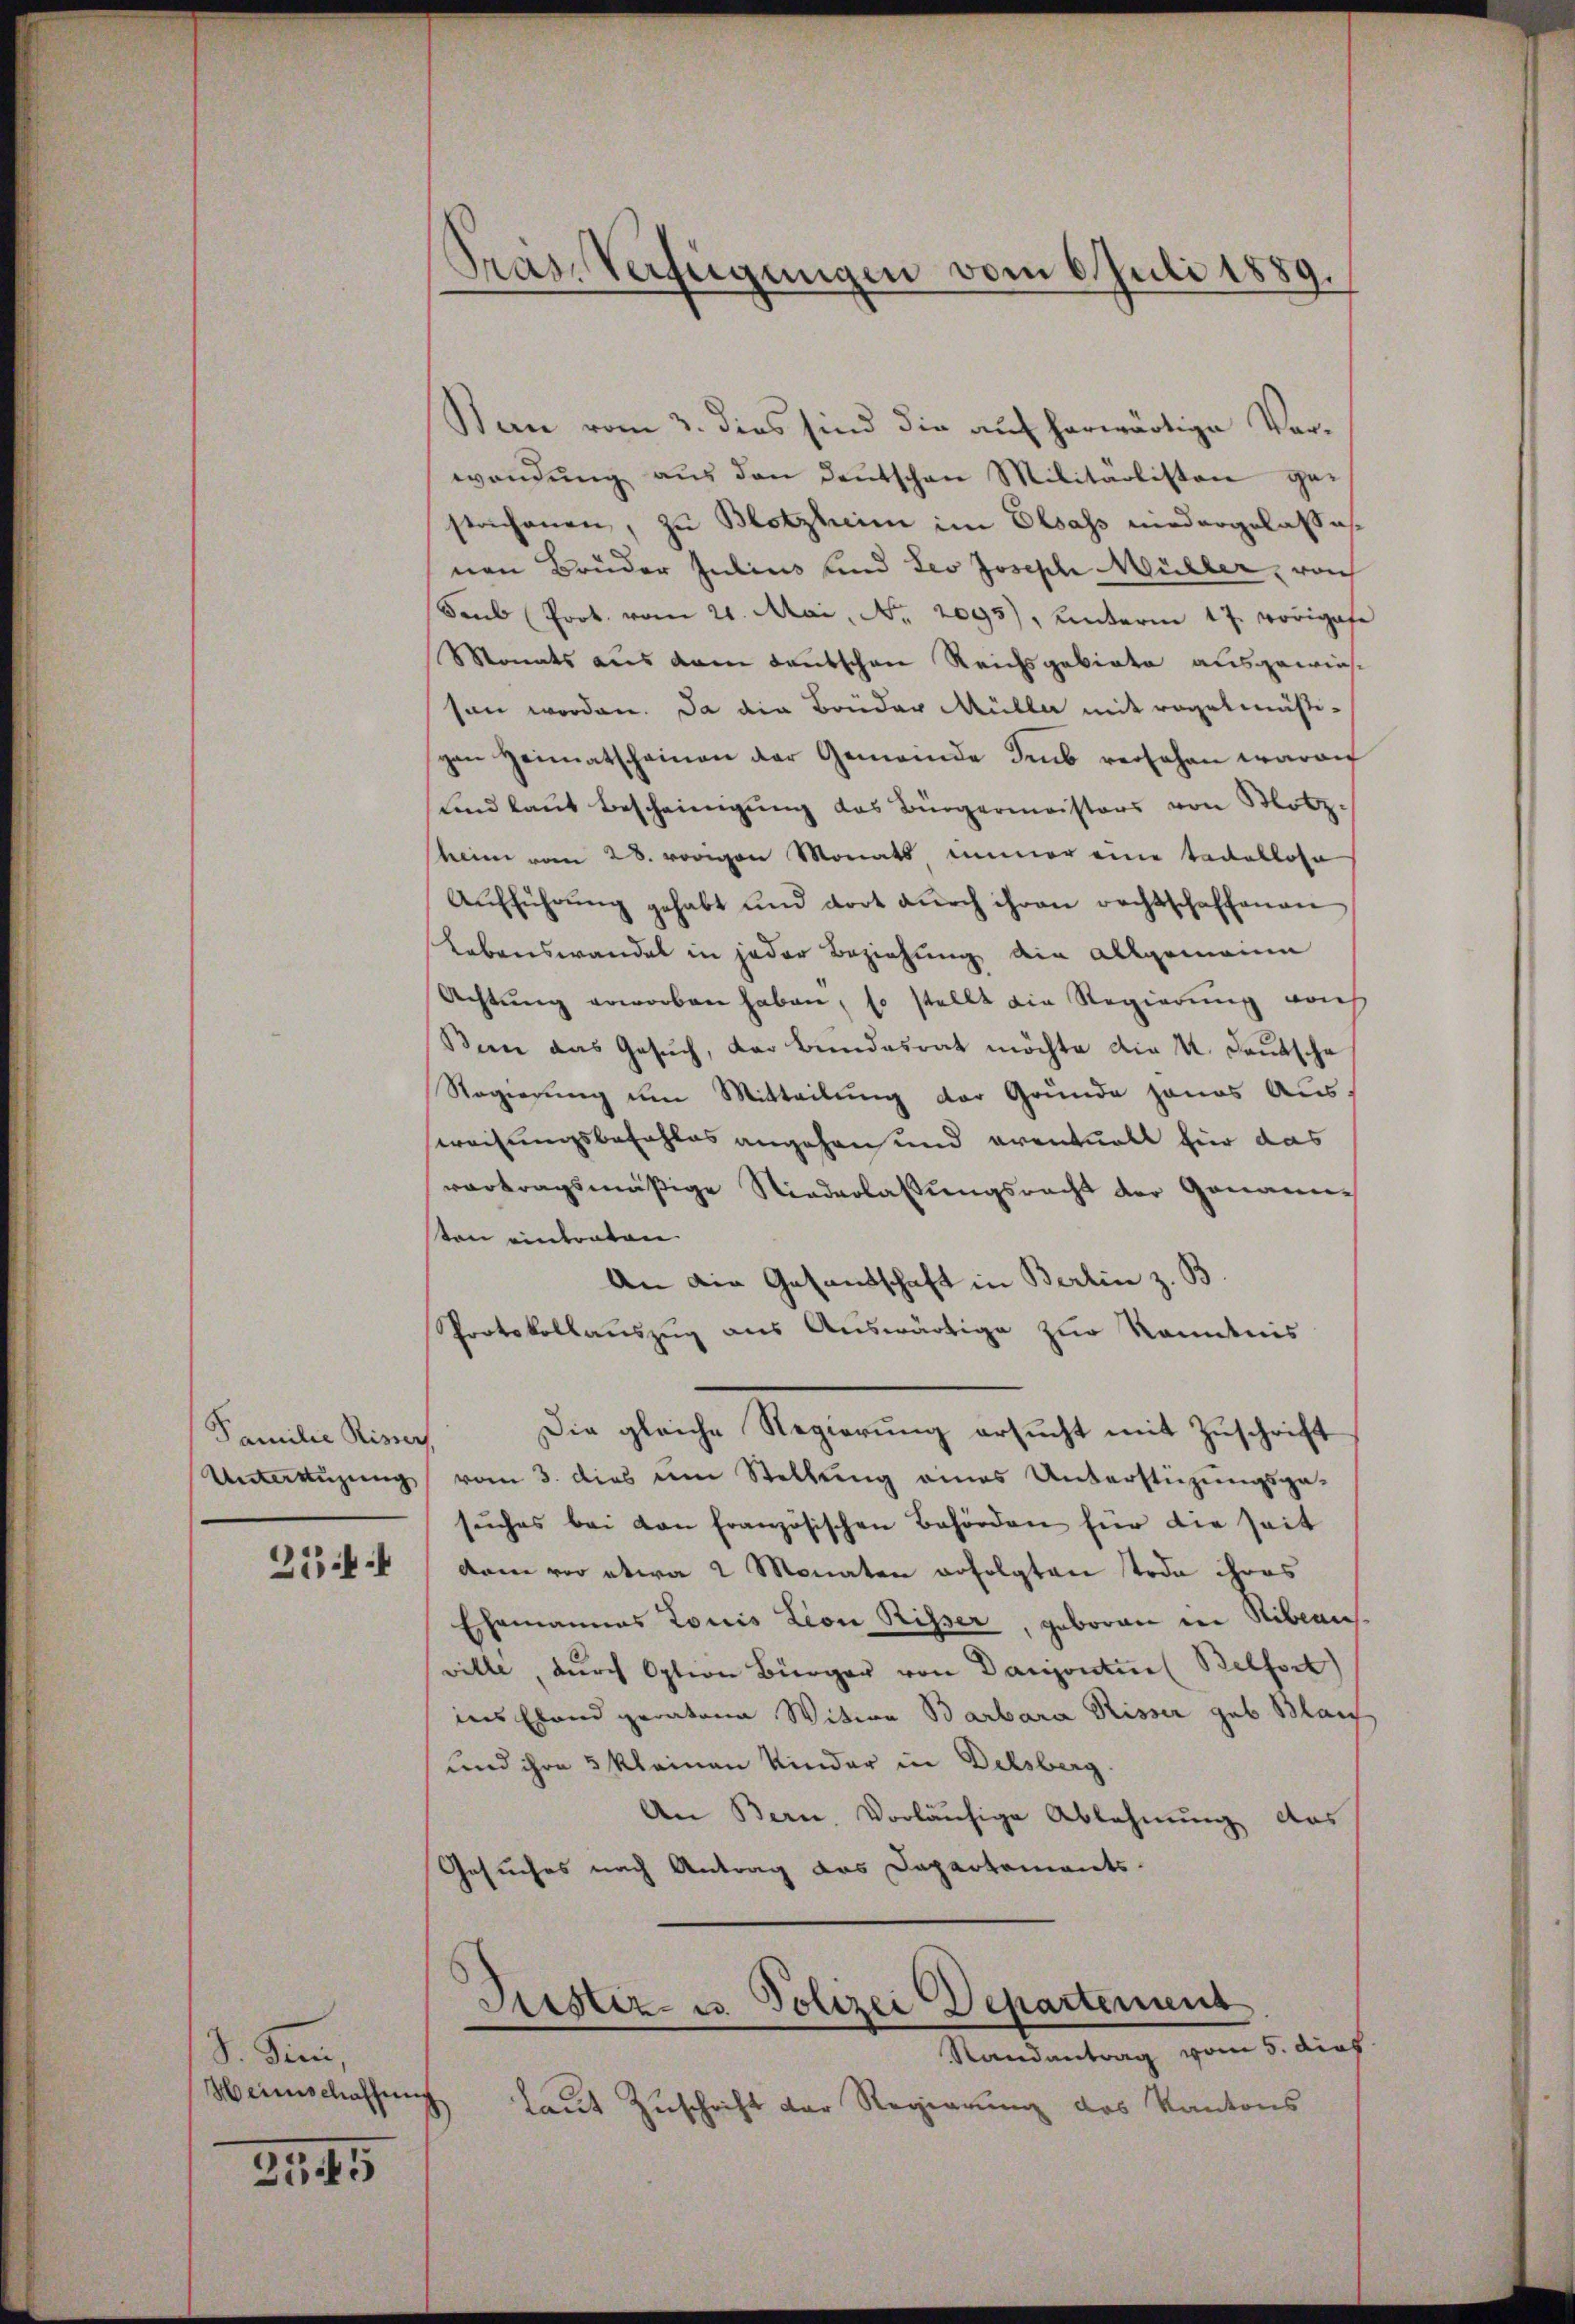
Familie Riserh

254

d. Stern,
Heimschaffung

3545

Pras. Verfügungen vom 6. Juli 1889.

Ban vom 3. dies sind die auf herwärtige Vorwendŭng aŭs den deŭtschen Militärlisten ge-
strichenen, zu Blotzheim im Elsass niedergelasse
nen Brüder Julius und Leo Joseph Müller, roh
Saub Prot. vom 21. Mai, Nr. 2095), unterm 17. vorigase
Monats aus dem deutschen Reichsgebiete ausgewiessen worden. Da die Brüder Müller mit regelmäßivon Heimatscheinen der Gemeinde Imb versehen waren
Land laut Bescheinigung das Bürgermeisters von Motz.
heim vom 28. vorigen Monats immer eine tadellose
Aŭfführŭng gehabt und dort dŭrch ihren rechtschaffenen
Lebenswandel in jeder Beziehung ain allgemeine
Achtung erworben haben, so stellt ein Regierung nach
Bin das Gesuch, der Bundesrat möchte die 4. Deutsche
Regierung um Mitteilung der Grunde jenes Aussweisungsbefehles angehen und eventuell für das
vertragsmäßige Niederlassŭngsrecht der Genannton eintraten
An die Gesandschaft in Berlin z. B
Protokollauszug aus Auswärtige zur Kenntnis
Die gleiche Regierung ersucht mit Zuschrift
Untertigung vom 3. dies im Stellung eines Unterstüzungsgesuches bei von Französischen Behörden für die seit
dam vor etwa 2 Monaten erfolgten Tode ihres
Ehemannes Louis Lion Risser, geboren in Niben.
ville, durch Option Bürger von Danjontin Belfort
ins Ebend geratene Witwe Barbara Risser geb. Blai
und ihre 3 kleinen Kinder in Delsberg.
An Bern, Vorläufige Ablehnung das
Gesuches nach Antrag des Departements-

Justiz- u. Polizei Departement
Randantrag vom 5. dies

laut Zuschrift der Regierung des Kantons